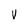
Character: V